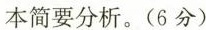
本简要分析。(6分)